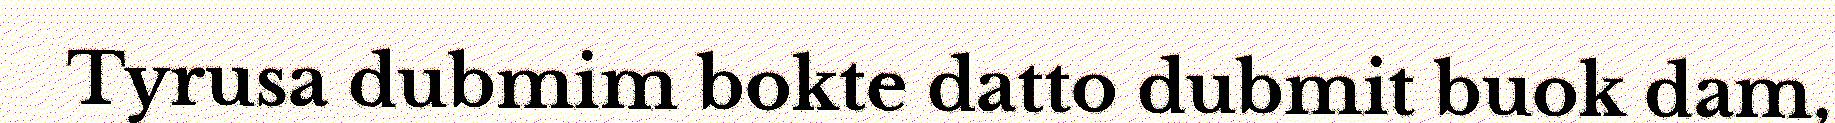
Tyrusa dubmim bokte datto dubmit buok dam,